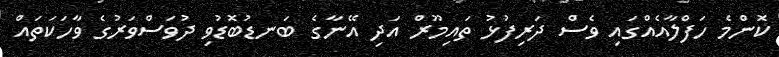
ކޮންމެ ހަފްލާއެއްގައި ވެސް ދަރިފުޅު ތައިމޫރް އަދި އޭނާގެ ބަނޑުބޮޑުވި ދުވަސްވަރުގެ ވާހަކަތައް